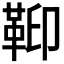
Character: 𩊕